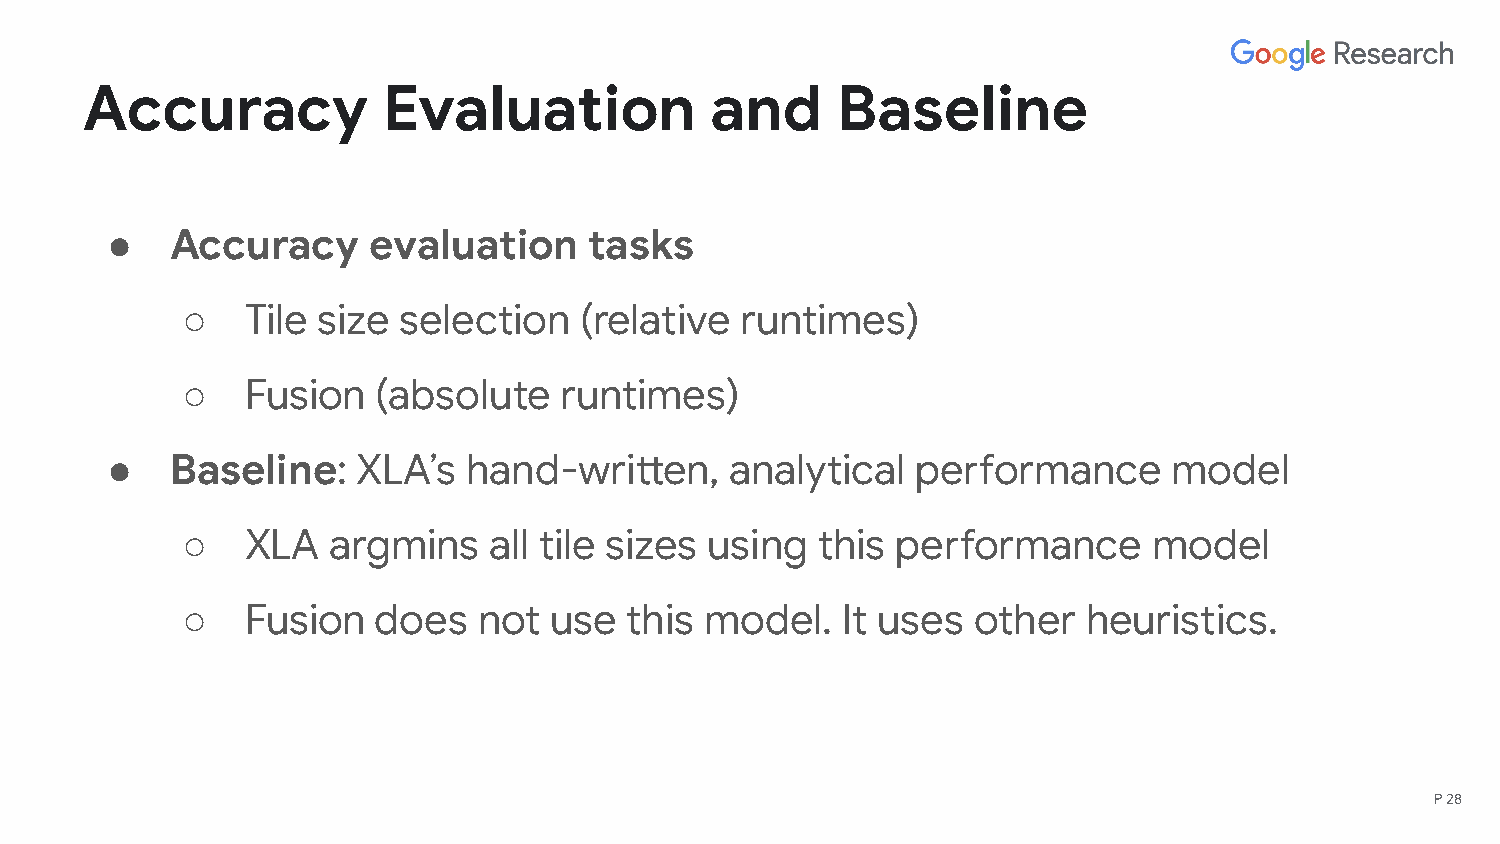
Accuracy            Evaluation            and     Baseline
 ●   Accuracy     evaluation     tasks
 ○   Tile size selection   (relative  runtimes)
 ○   Fusion   (absolute   runtimes)
 ●   Baseline:    XLA’s  hand-written,    analytical   performance      model
 ○   XLA   argmins   all tile sizes using  this performance      model
 ○   Fusion   does   not use   this model.   It uses other   heuristics.
 P 28